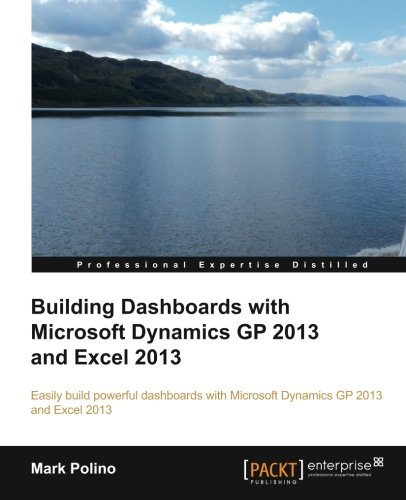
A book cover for Building Dashboards with Microsoft Dynamics GP 2013 and Excel 2013; Mark Polino; Computers & Technology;